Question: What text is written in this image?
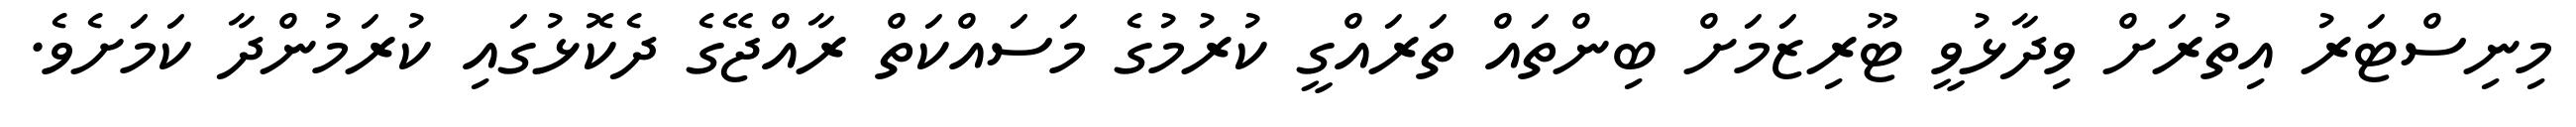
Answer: މިނިސްޓަރު އިތުރަށް ވިދާޅުވީ ޓޫރިޒަމަށް ބިންތައް ތަރައްގީ ކުރުމުގެ މަސައްކަތް ރާއްޖޭގެ ދެކޮޅުގައި ކުރަމުންދާ ކަމަށެވެ.